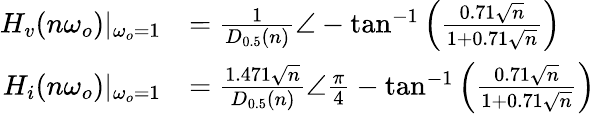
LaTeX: \begin{array}{rl}{H_{v}(n\omega_{o})|_{\omega_{o}=1}}&{=\frac{1}{D_{0.5}(n)}\angle-\tan^{-1}\left(\frac{0.71\sqrt{n}}{1+0.71\sqrt{n}}\right)}\\ {H_{i}(n\omega_{o})|_{\omega_{o}=1}}&{=\frac{1.471\sqrt{n}}{D_{0.5}(n)}\angle\frac{\pi}{4}-\tan^{-1}\left(\frac{0.71\sqrt{n}}{1+0.71\sqrt{n}}\right)}\end{array}